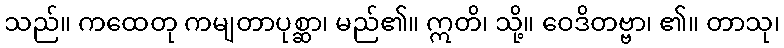
သည်။ ကထေတု ကမျတာပုစ္ဆာ၊ မည်၏။ ဣတိ၊ သို့။ ဝေဒိတဗ္ဗာ၊ ၏။ တာသု၊